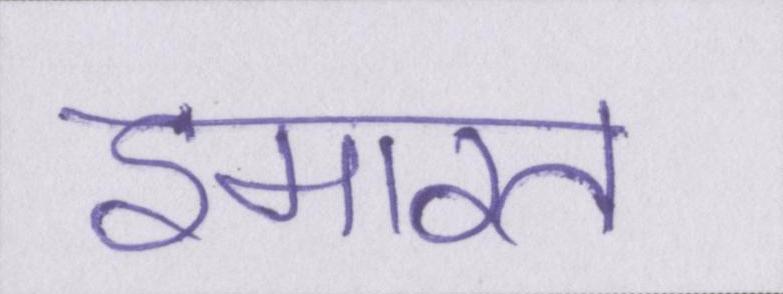
इमारत